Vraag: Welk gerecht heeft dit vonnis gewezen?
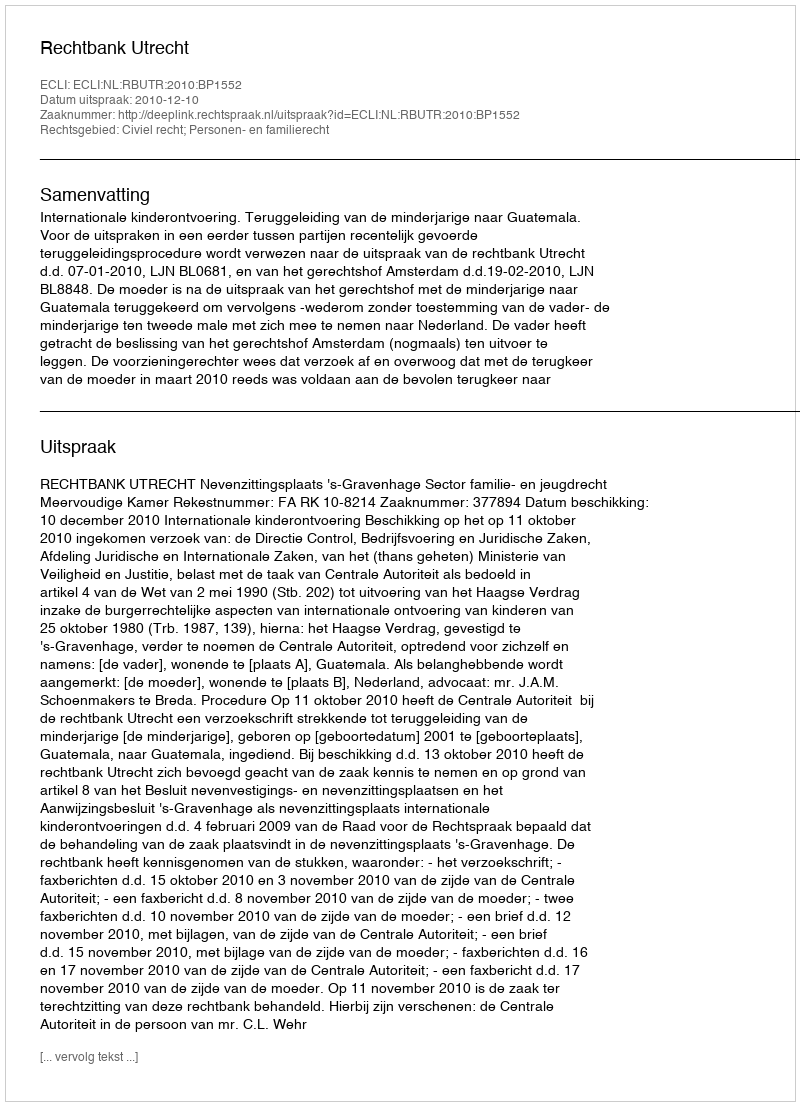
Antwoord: Rechtbank Utrecht